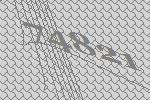
74821